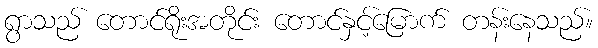
ရွာသည် တောင်ရိုးအတိုင်း တောင်နှင့်မြောက် တန်းနေသည်။